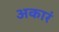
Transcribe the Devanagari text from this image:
अकारं